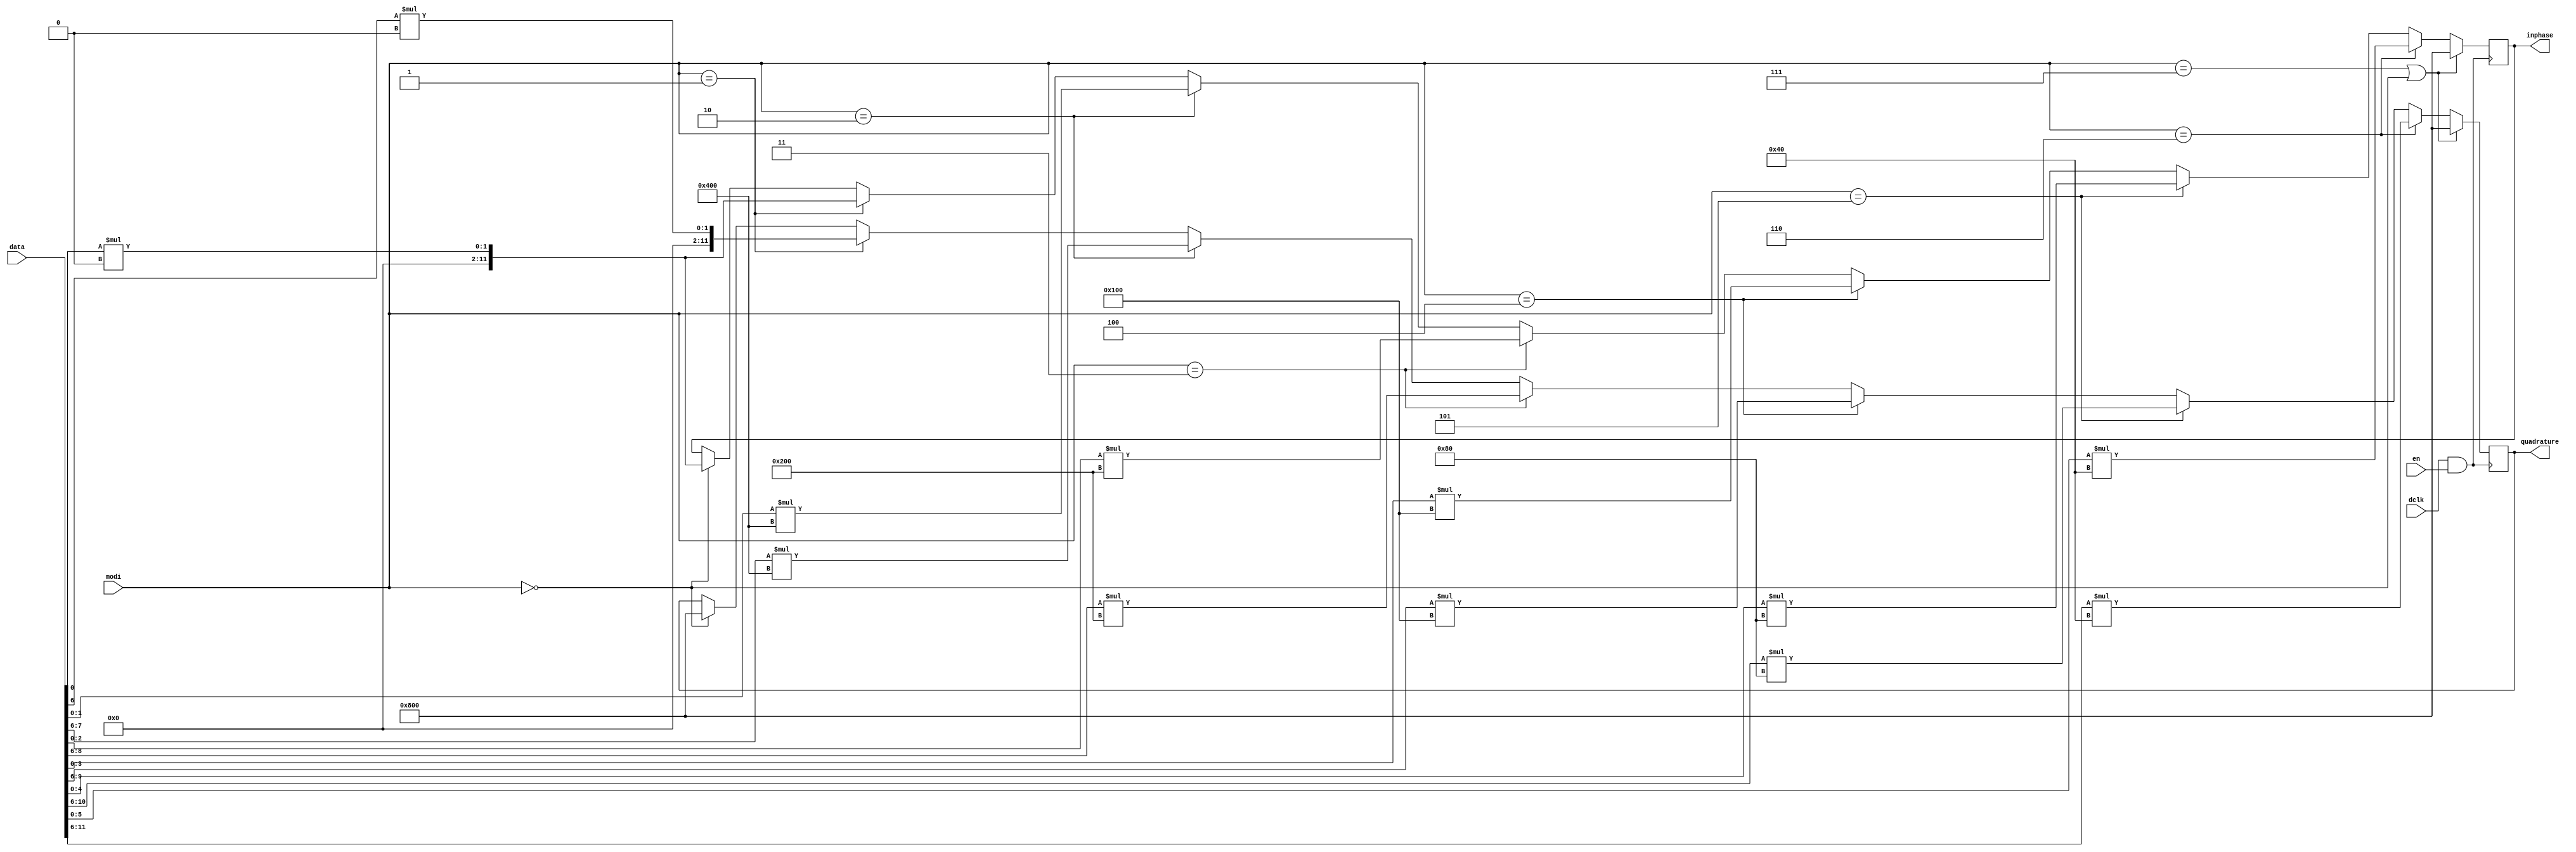
module qam (
    input [11:0] data,
    input [2:0] modi,
    input dclk,
    input en,
    output [11:0] inphase,
    output [11:0] quadrature
);
reg[11:0] i;
reg[11:0] q;
always @(posedge dclk && en) begin
    //BPSK
    if (modi == 3'd0) begin
        i <= data[0] * 12'd4096;
        q <= 12'd2048;
    end
    //QPSK
    if (modi == 3'd1) begin
        i <= data[0] * 12'd4096;
        q <= data[6] * 12'd4096;
    end
    //16-QAM
    if (modi == 3'd2) begin
        i <= data[1:0] * 12'd1024;
        q <= data[7:6] * 12'd1024;
    end
    //64-QAM
    if (modi == 3'd3) begin
        i <= data[2:0] * 12'd512;
        q <= data[8:6] * 12'd512;
    end
    //256-QAM
    if (modi == 3'd4) begin
        i <= data[3:0] * 12'd256;
        q <= data[9:6] * 12'd256;
    end
    //1024-QAM
    if (modi == 3'd5) begin
        i <= data[4:0] * 12'd128;
        q <= data[10:6] * 12'd128;
    end
    //4096-QAM
    if (modi == 3'd6) begin
        i <= data[5:0] * 12'd64;
        q <= data[11:6] * 12'd64;
    end
    if (modi == 3'd7 || modi == 3'd8) begin
        i <= 12'd2048;
        q <= 12'd2048;
    end
end

assign inphase = i;
assign quadrature = q;
    
endmodule